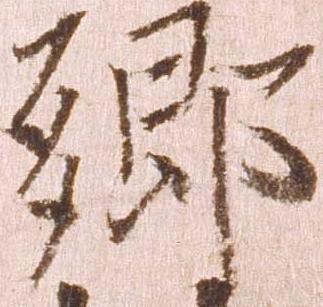
郷